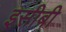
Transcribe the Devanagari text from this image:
इसीबी